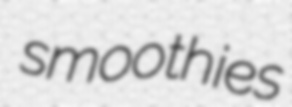
smoothies